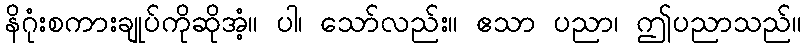
နိဂုံးစကားချုပ်ကိုဆိုအံ့။ ပါ၊ သော်လည်း။ ဧသာ ပညာ၊ ဤပညာသည်။